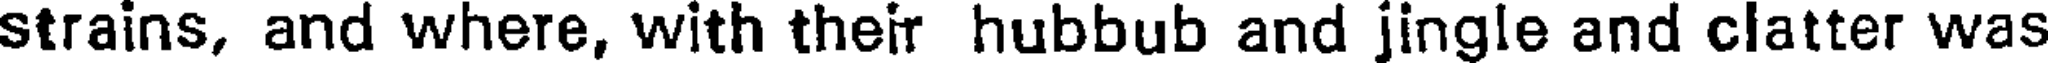
strains, and where, with their hubbub and jingle and clatter was